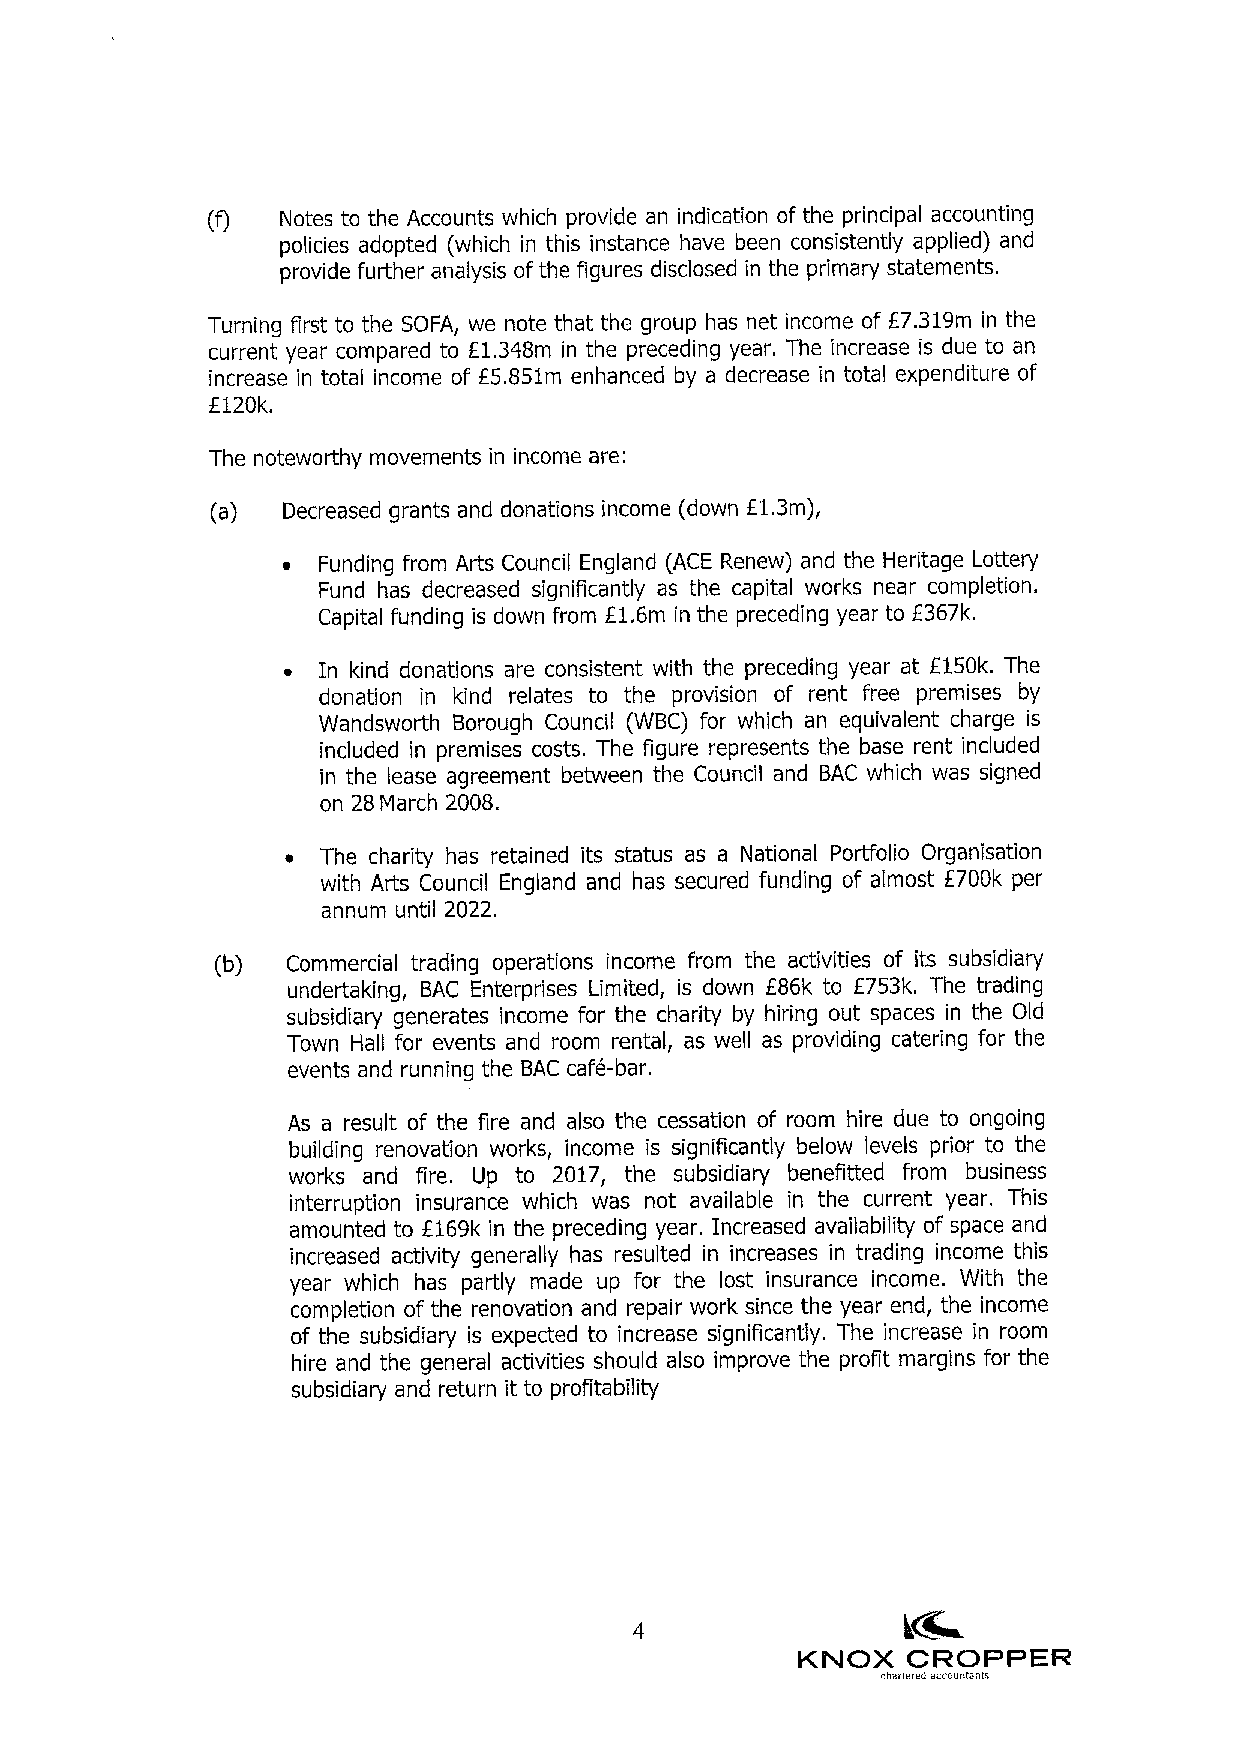
(f)  Notes to the Accounts which provide an indication of the principal accounting
 policies adopted (which in this instance have been consistently applied) and
 provide further analysis ofthe figures disclosed in the primary statements.
 Turning first to the SOFA, we note that the group has net income of E7.319m in the
 current year compared to f1,3}8m in the preceding year. The increase is due to an
 increase in total income of f5,851m enhanced by a decrease in total expenditure of
 6120k.
 The noteworthy movements in income are:
 fl.
 (a)  Decreased grants and donations income (down 3m),
 ~ Funding from Arts Council England (ACE Renew) and the Heritage Lottery
 Fund has decreased significantly as the capital works near completion.
 Capital funding is down from Fl.6m in the preceding year to 2367k.
 ~ In kind donations are consistent with the preceding year at E150k. The
 donation in kind relates to the provision of rent free premises by
 Wandsworth Borough Council (WBC) for which an equivalent charge is
 included in premises costs. The figure represents the base rent included
 in the lease agreement between the Council and BAC which was signed
 on 28March 2008.
 ~ The charity has retained its status as a National Portfolio Organisation
 with Arts Council England and has secured funding of almost f700k per
 annum until 2022.
 (b)  Commercial trading operations income from the activities of its subsidiary
 undertaking, BAC Enterprises Limited, is down 286k to E753k. The trading
 subsidiary generates income for the charity by hiring out spaces in the Old
 Town Hall for events and room rental, as well as providing catering for the
 events and running the BAC cafe-bar.
 As a result of the fire and also the cessation of room hire due to ongoing
 building renovation works, income is significantly below levels prior to the
 works and fire. Up to 2017, the subsidiary benefitted from business
 interruption insurance which was not available in the current year. This
 amounted to f169k in the preceding year. Increased availability of space and
 increased activity generally has resulted in increases in trading income this
 year which has partly made up for the lost insurance income. With the
 completion of the renovation and repair work since the year end, the income
 of the subsidiary is expected to increase significantly, The increase in room
 hire and the general activities should also improve the profit margins for the
 subsidiary and return it to profitability
 KNOX   CROPPER
 charlared acccucteale